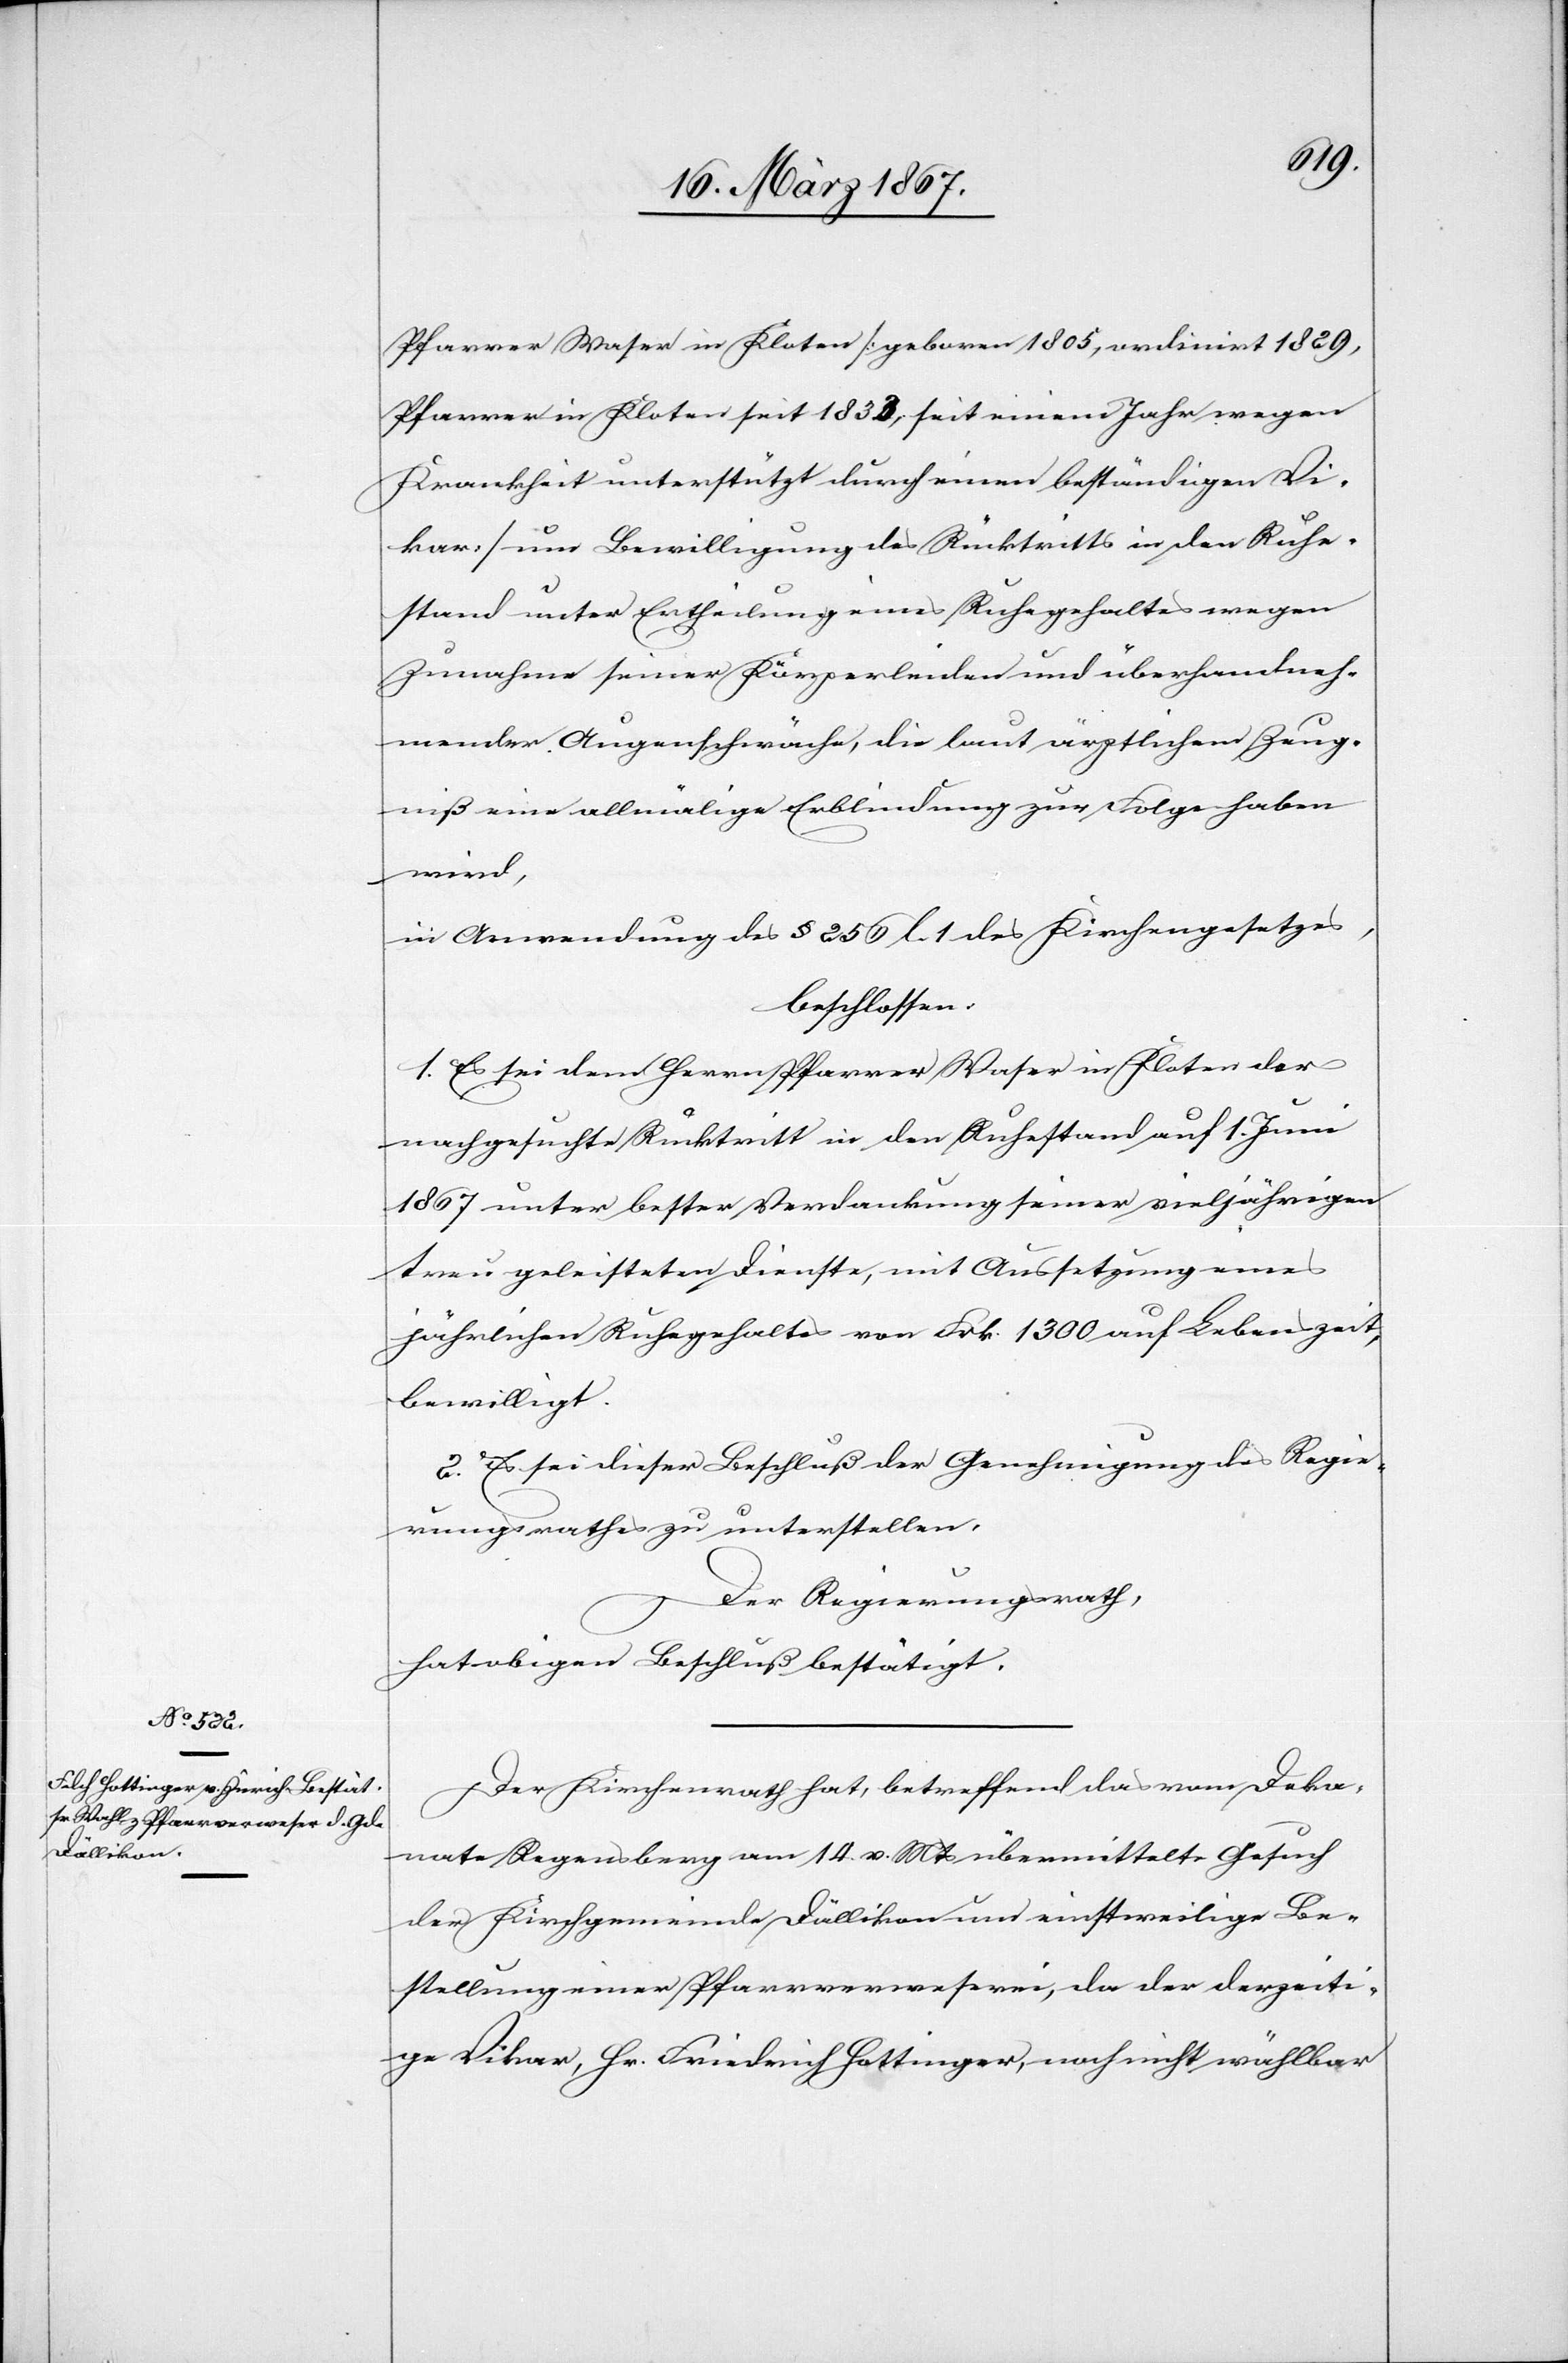
Pfarrer Waser in Kloten [geboren 1805, ordinirt 1829,
Pfarrer in Kloten seit 1831, seit einem Jahr wegen
Krankheit unterstützt durch einen beständigen Vi¬
kar] um Bewilligung des Rücktritts in den Ruhe¬
stand unter Ertheilung eines Ruhegehaltes wegen
Zunahme seiner Körperleiden und überhandneh¬
mender Augenschwäche, die laut ärztlichem Zeug¬
niß eine allmälige Erblindung zur Folge haben
wird,
in Anwendung des § 256 l. 1 des Kirchengesetzes,
beschlossen:
1. Es sei dem Herrn Pfarrer Waser in Kloten der
nachgesuchte Rücktritt in den Ruhestand auf 1. Juni
1867 unter bester Verdankung seiner vieljährigen
treu geleisteten Dienste, mit Aussetzung eines
jährlichen Ruhegehaltes von Frk. 1300 auf Lebenszeit
bewilligt.
2. Es sei dieser Beschluß der Genehmigung des Regie¬
rungsrathes zu unterstellen,
Der Regierungsrath,
hat obigen Beschluß bestätigt.
Der Kirchenrath hat, betreffend das vom Deka¬
nate Regensberg am 14. v. Mts übermittelte Gesuch
der Kirchgemeinde Dällikon um einstweilige Be¬
stellung einer Pfarrverweserei, da der derzeiti¬
ge Vikar, Hr. Friedrich Hottinger, noch nicht wählbar